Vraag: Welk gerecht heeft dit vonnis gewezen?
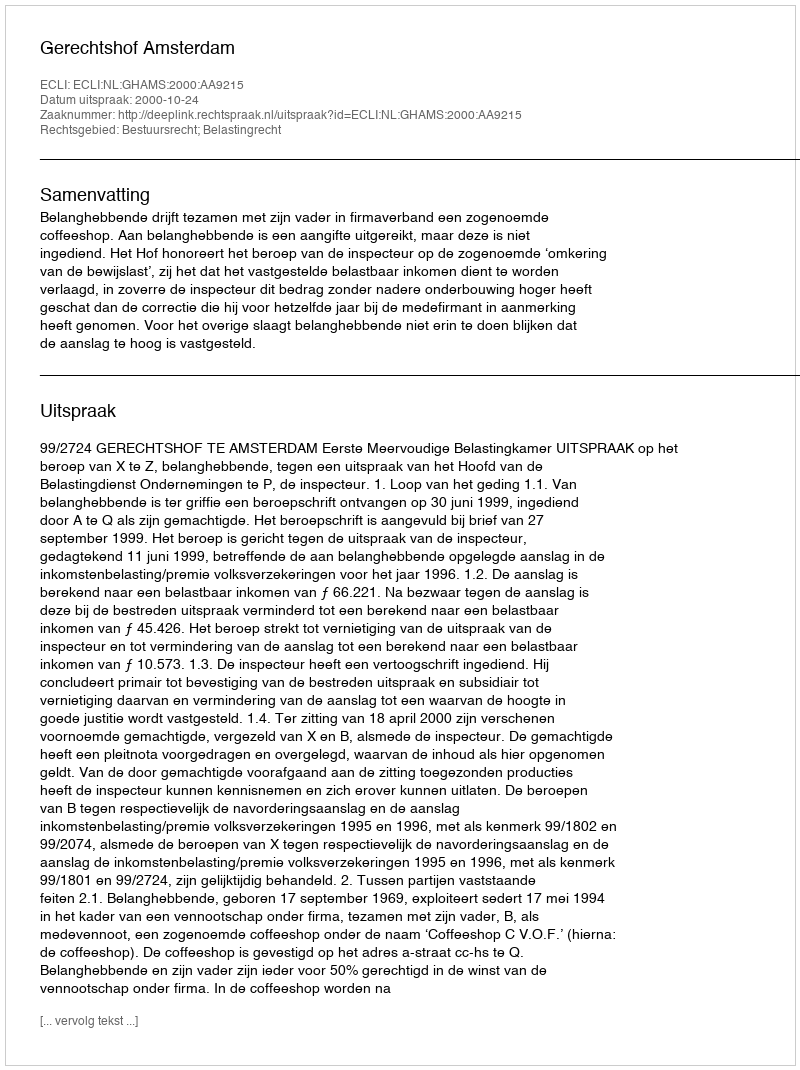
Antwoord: Gerechtshof Amsterdam